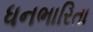
ધનભારિતા